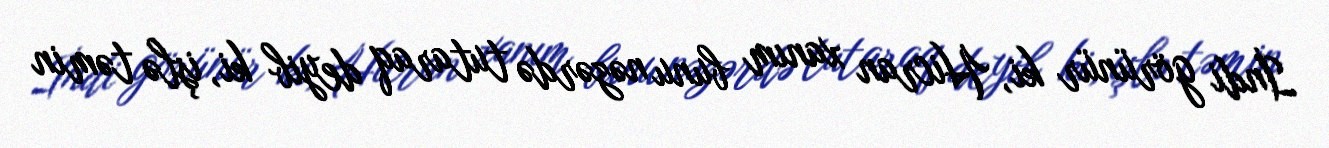
İndi görünür ki, Hicran xanım bunu nəzərdə tutaraq deyib ki, işlə təmin